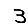
Digit: 3